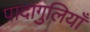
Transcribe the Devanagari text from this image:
पादागुलियाँ